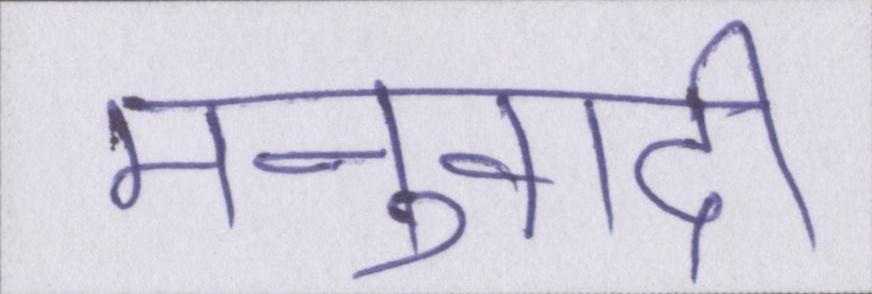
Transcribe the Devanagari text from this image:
मनुवादी